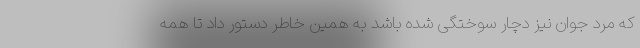
که مرد جوان نیز دچار سوختگی شده باشد به همین خاطر دستور داد تا همه